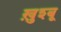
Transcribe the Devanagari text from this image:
ख़ुश्बू